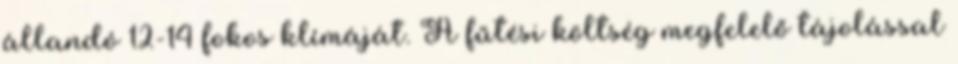
állandó 12-14 fokos klímáját. A fűtési költség megfelelő tájolással